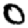
Digit: 0